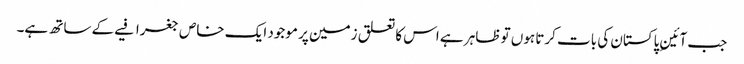
جب آئینِ پاکستان کی بات کرتا ہوں تو ظاہر ہے اس کا تعلق زمین پر موجود ایک خاص جغرافیے کے ساتھ ہے۔